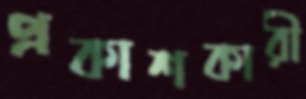
প্রকাশকারী